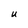
Character: U